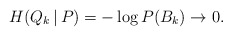
\begin{align*}H(Q_k\,|\,P) = -\log P(B_k) \to 0.\end{align*}